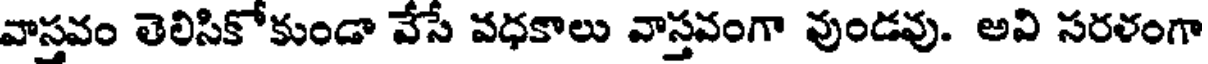
వాస్తవం తెలిసికోకుండా వేసే వధకాలు వాస్తవంగా వుండవు. అవి సరళంగా